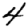
Digit: 4